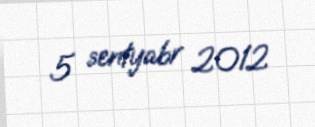
5 sentyabr 2012